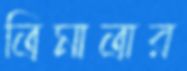
ত্রিমাত্রার